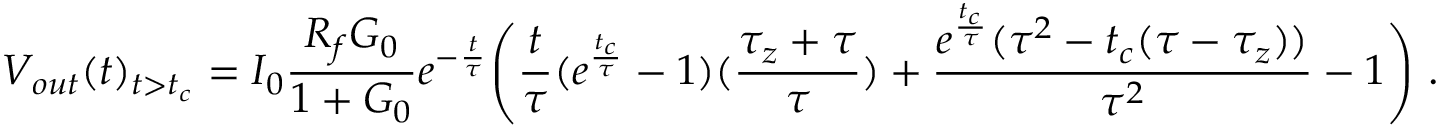
V _ { o u t } ( t ) _ { t > t _ { c } } = I _ { 0 } \frac { R _ { f } G _ { 0 } } { 1 + G _ { 0 } } e ^ { - \frac { t } { \tau } } \Bigg ( \frac { t } { \tau } ( e ^ { \frac { t _ { c } } { \tau } } - 1 ) ( \frac { \tau _ { z } + \tau } { \tau } ) + \frac { e ^ { \frac { t _ { c } } { \tau } } ( \tau ^ { 2 } - t _ { c } ( \tau - \tau _ { z } ) ) } { \tau ^ { 2 } } - 1 \Bigg ) ~ .